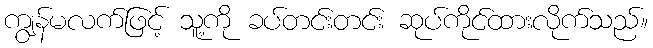
ကျွန်မလက်ဖြင့် သူ့ကို ခပ်တင်းတင်း ဆုပ်ကိုင်ထားလိုက်သည်။